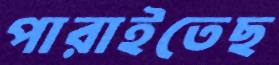
পারাইতেছ